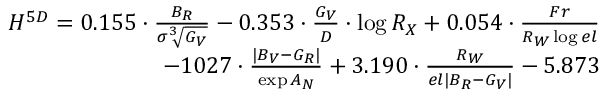
\begin{array} { r } { { H ^ { 5 D } = 0 . 1 5 5 \cdot \frac { B _ { R } } { \sigma \sqrt [ 3 ] { G _ { V } } } - 0 . 3 5 3 \cdot \frac { G _ { V } } { D } \cdot \log { R _ { X } } + 0 . 0 5 4 \cdot \frac { F r } { R _ { W } \log { e l } } } } \\ { { - 1 0 2 7 \cdot \frac { | B _ { V } - G _ { R } | } { \exp { A _ { N } } } + 3 . 1 9 0 \cdot \frac { R _ { W } } { e l | B _ { R } - G _ { V } | } - 5 . 8 7 3 } } \end{array}